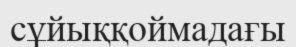
сұйыққоймадағы